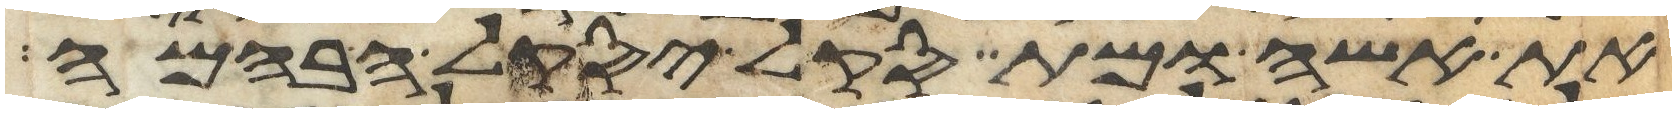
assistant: את אשה ומת סקל יסקל הבהמה